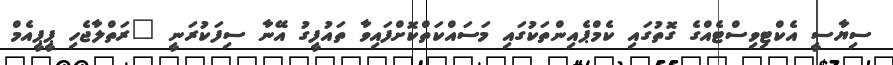
ސިޔާސީ އެކްޓިވިސްޓެއްގެ ގޮތުގައި ކެމްޕެއިންތަކުގައި މަސައްކަތްކޮށްފައިވާ ތައުފީގު އޭނާ ސިފަކުރަނީ "ރަތްލާޖެހި ޕީޕީއެމް